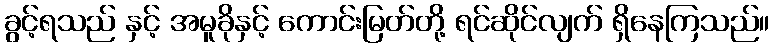
ခွင့်ရသည် နှင့် အမူခိုနှင့် ကောင်းမြတ်တို့ ရင်ဆိုင်လျက် ရှိနေကြသည်။